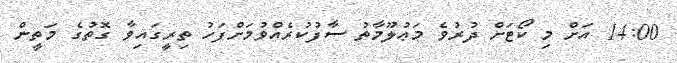
14:00 އަށް މި ކޯޓަށް ދުރުވެ މަޢުލޫމާތު ސާފުކުރެއްވުމަށްފަހު ތިރީގައިވާ ގޮތުގެ މަތީން